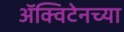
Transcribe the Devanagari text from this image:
ॲक्विटेनच्या